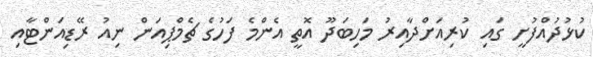
ކުޅުދުއްފުށީ ގައި ކުރިއަށްދާއިރު މަހިބަދޫ އޮތީ އެންމެ ފަހުގެ ޗެމްޕިއަން ނިއު ރޭޑިއަންޓާއި